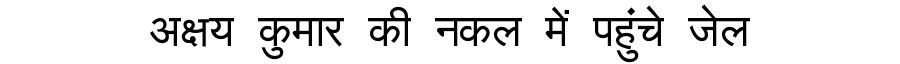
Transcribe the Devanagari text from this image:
अक्षय कुमार की नकल में पहुंचे जेल